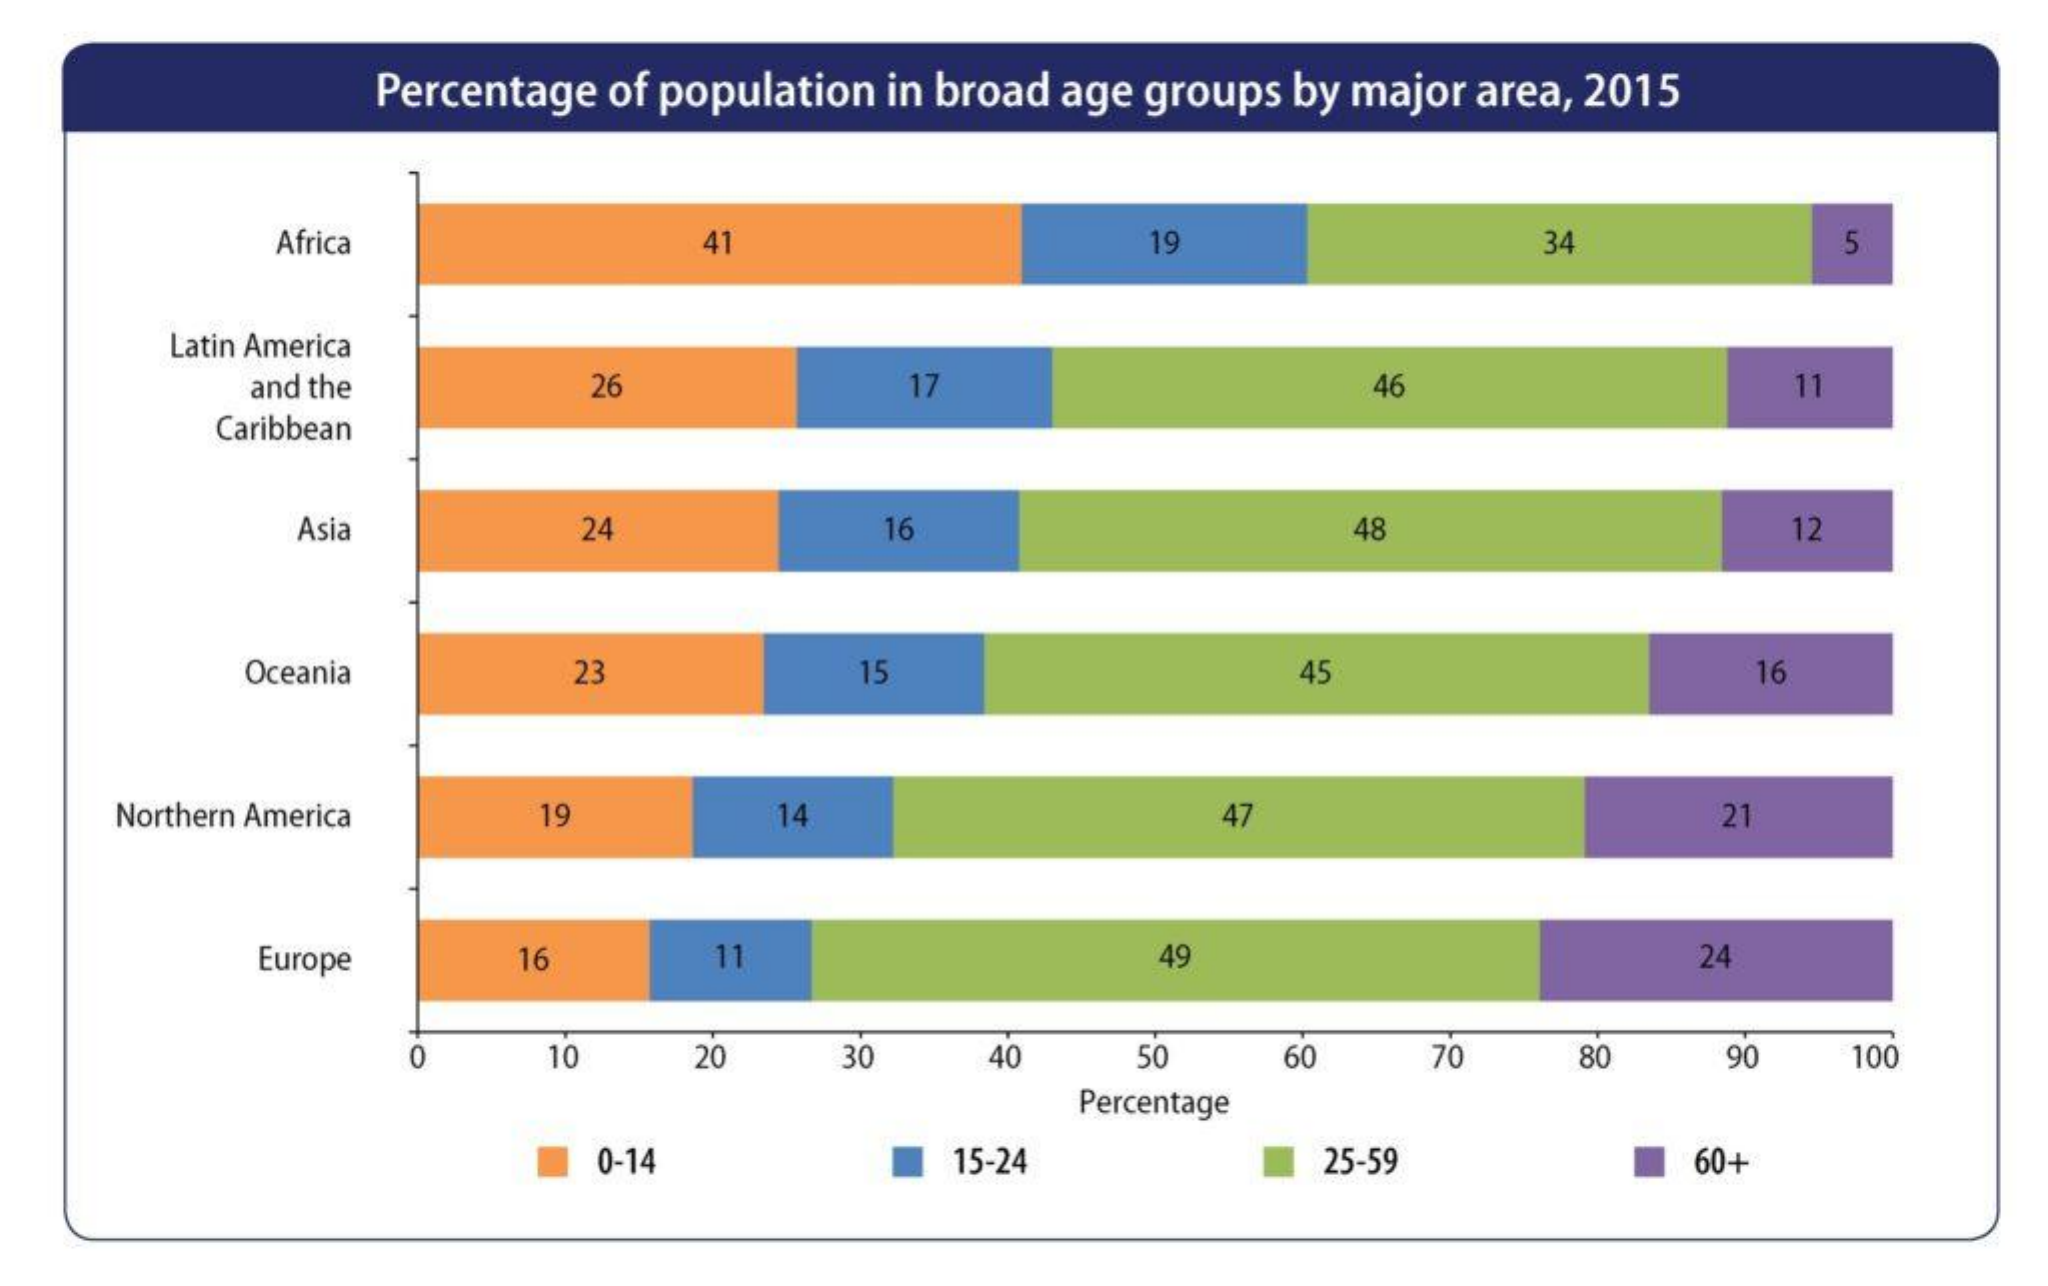
Percentage of population in broad age groups by major area, 2015
     Africa    41    19    34    5
     Latin America
     and the    26    17    46    11
     Caribbean
     Asia    24    16    48    12
     Oceania    23    15    45    16
     Northern America  19    14    47    21
     Europe    16    11    49    24
     O    10    20    30    40    50    60    70    80    90   100
     Percentage
     0-14    15-24    25-59    60+